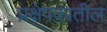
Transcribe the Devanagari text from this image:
प्रक्षेपकातील